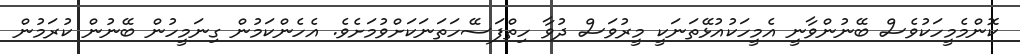
ކޮންމެމީހަކުވެސް ބޭނުންވާނީ އެމީހަކުއުޅޭތަނަކީ މީރުވަސް ދުވާ ހިތްފަސޭހަތަނަކަށްވުމަށެވެ. އެހެންކަމުން ގިނަމީހުން ބޭނުން ކުރަމުން